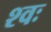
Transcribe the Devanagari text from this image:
श्वः